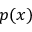
p ( x )